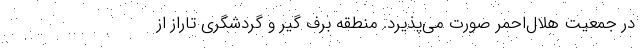
در جمعیت هلال‌احمر صورت می‌پذیرد. منطقه برف گیر و گردشگری تاراز از